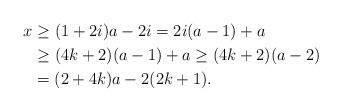
LaTeX: \begin{align*}x & \geq (1+2i) a - 2 i = 2i (a-1) + a\\& \geq (4k+2) (a-1) + a \geq (4k+2) (a-2) \\& = (2 + 4k) a - 2 (2k+1).\end{align*}